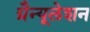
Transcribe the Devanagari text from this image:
ग्रैन्यूलेशन